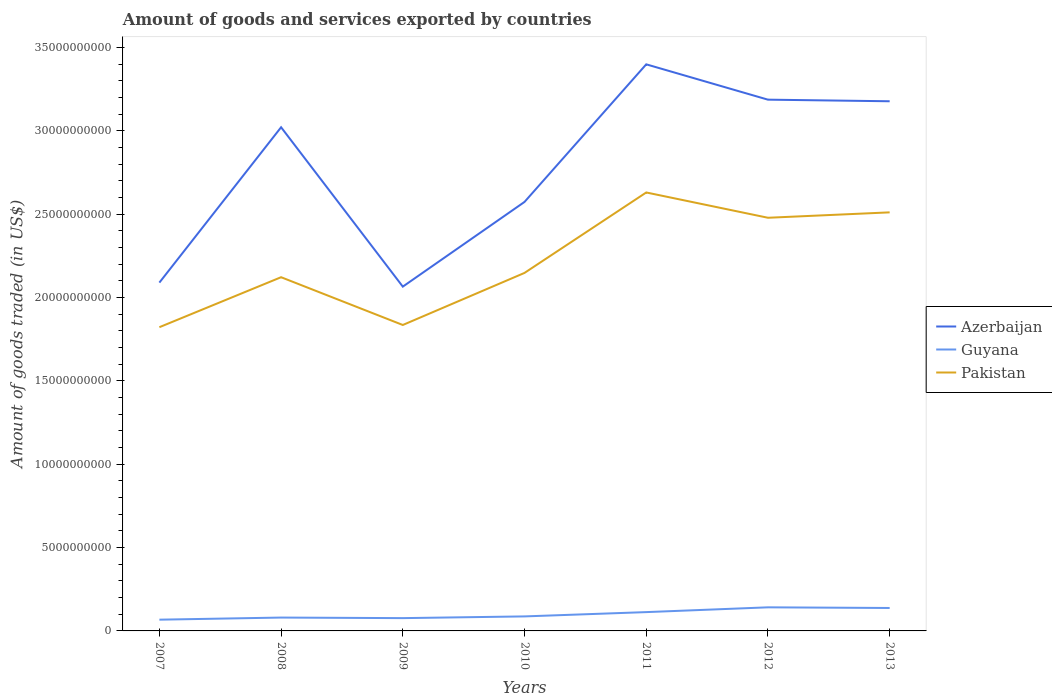
| Years | Azerbaijan | Guyana | Pakistan |
 | --- | --- | --- | --- |
 | 2007 | 2.09e+10 | 6.75e+08 | 1.82e+10 |
 | 2008 | 3.02e+10 | 8.02e+08 | 2.12e+10 |
 | 2009 | 2.07e+10 | 7.68e+08 | 1.84e+10 |
 | 2010 | 2.57e+10 | 8.71e+08 | 2.15e+10 |
 | 2011 | 3.4e+10 | 1.13e+09 | 2.63e+10 |
 | 2012 | 3.19e+10 | 1.42e+09 | 2.48e+10 |
 | 2013 | 3.18e+10 | 1.38e+09 | 2.51e+10 |